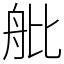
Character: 舭